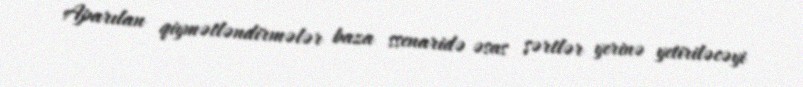
Aparılan qiymətləndirmələr baza ssenaridə əsas şərtlər yerinə yetiriləcəyi